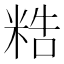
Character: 𥺊